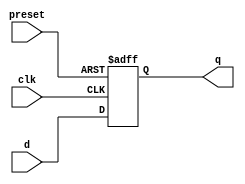
module d_ff_with_preset (
    input wire clk,
    input wire preset,
    input wire d,
    output reg q
);

always @(posedge clk or posedge preset)
begin
    if (preset)
        q <= 1'b1; // preset the flip-flop to a predetermined state
    else
        q <= d; // D input is transferred to output
end

endmodule